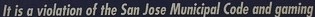
It is a vialation of the San Jase Municipal Code and gaming